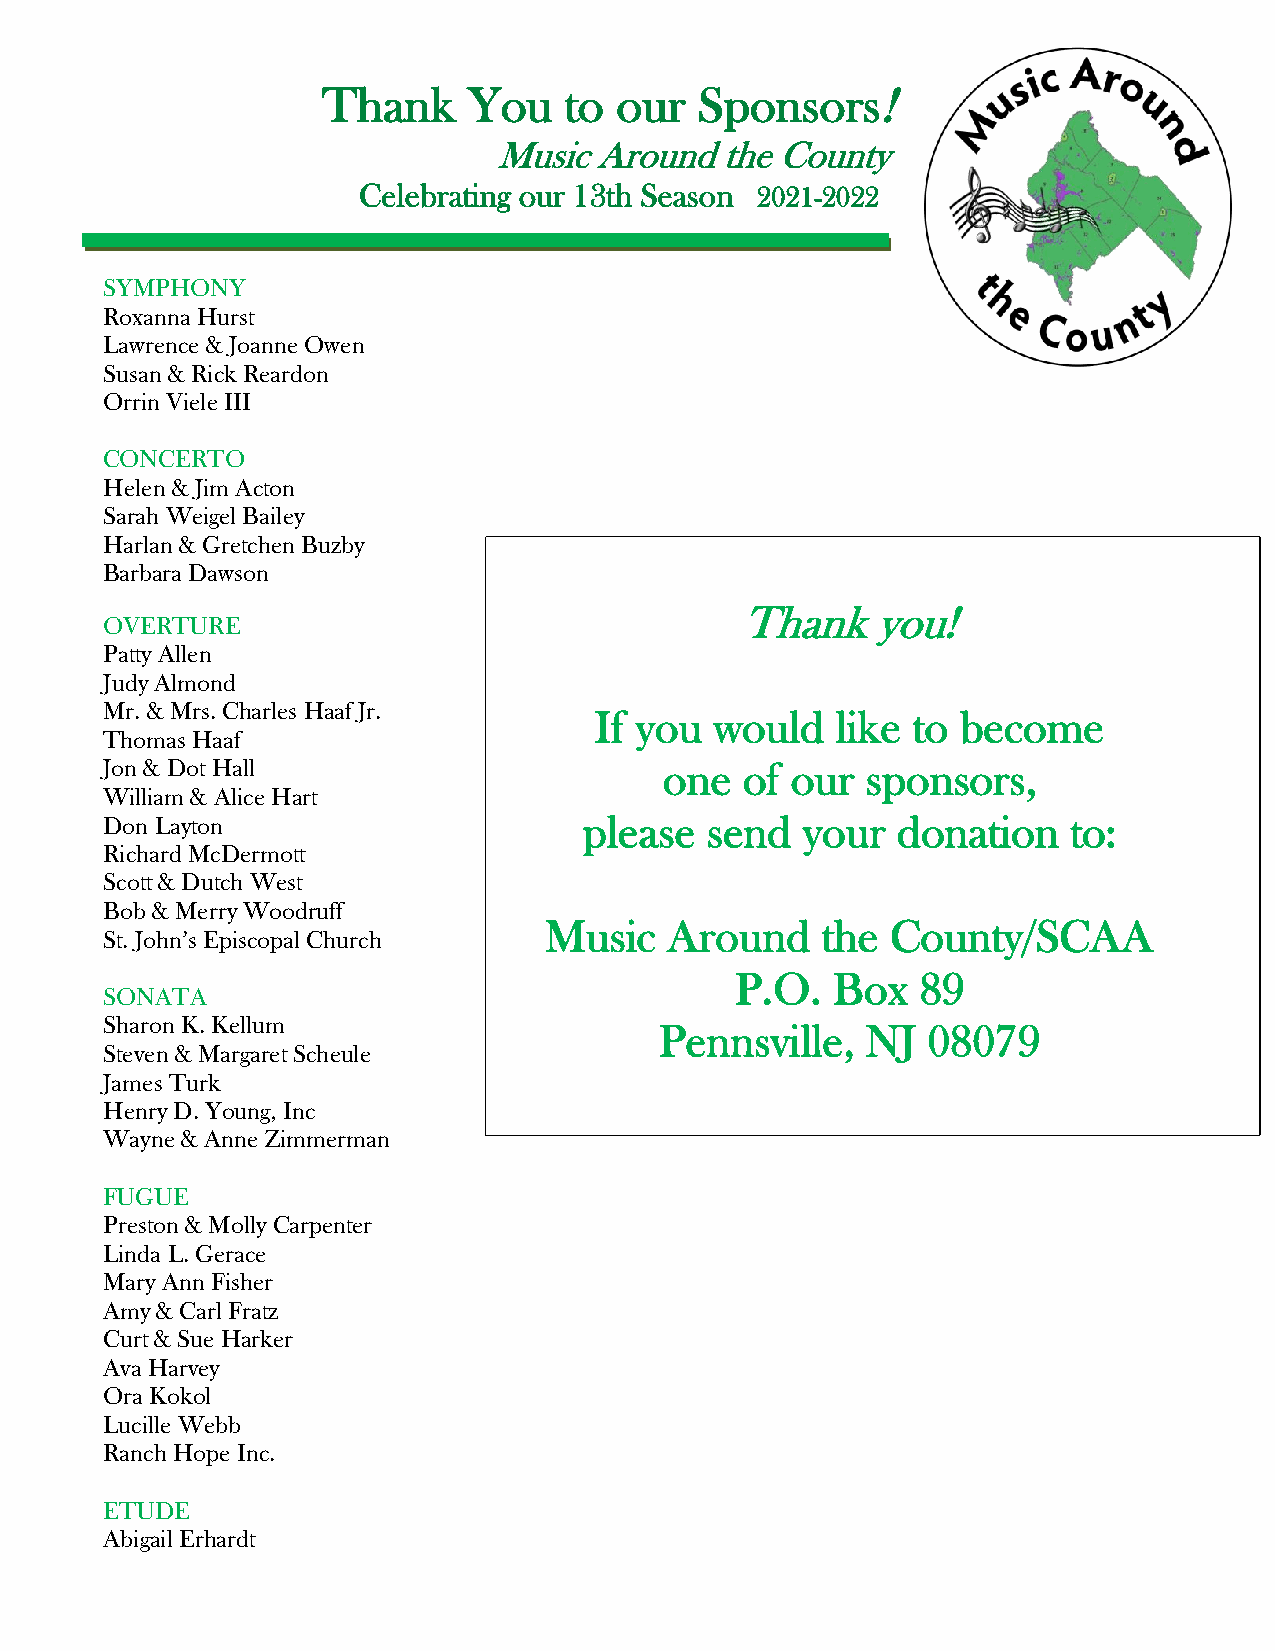
Thank     You   to  our  Sponsors!
 Music Around   the County
 Celebrating our 13th Season 2021-2022
 SYMPHONY
 Roxanna Hurst
 Lawrence & Joanne Owen
 Susan & Rick Reardon
 Orrin Viele III
 CONCERTO
 Helen & Jim Acton
 Sarah Weigel Bailey
 Harlan & Gretchen Buzby
 Barbara Dawson
 Thank    you!
 OVERTURE
 Patty Allen
 Judy Almond
 Mr. & Mrs. Charles Haaf Jr.     If you  would   like to  become
 Thomas Haaf
 Jon & Dot Hall                       one  of our  sponsors,
 William & Alice Hart
 Don Layton                      please  send  your  donation    to:
 Richard McDermott
 Scott & Dutch West
 Bob & Merry Woodruff
 Music   Around    the  County/SCAA
 St. John’s Episcopal Church
 P.O.  Box   89
 SONATA
 Sharon K. Kellum                     Pennsville,  NJ  08079
 Steven & Margaret Scheule
 James Turk
 Henry D. Young, Inc
 Wayne & Anne Zimmerman
 FUGUE
 Preston & Molly Carpenter
 Linda L. Gerace
 Mary Ann Fisher
 Amy & Carl Fratz
 Curt & Sue Harker
 Ava Harvey
 Ora Kokol
 Lucille Webb
 Ranch Hope Inc.
 ETUDE
 Abigail Erhardt